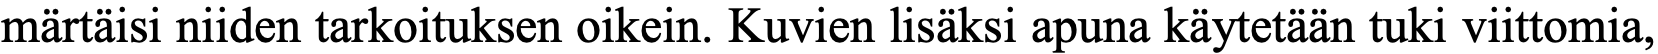
märtäisi niiden tarkoituksen oikein. Kuvien lisäksi apuna käytetään tuki viittomia,